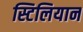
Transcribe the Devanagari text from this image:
स्टिलियान